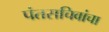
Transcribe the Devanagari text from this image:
पंतसचिवांचा